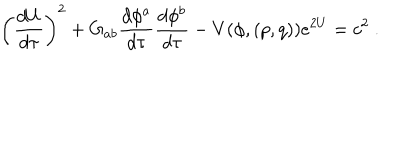
\left( { \frac { d U } { d \tau } } \right) ^ { 2 } + G _ { a b } { \frac { d \phi ^ { a } } { d \tau } } { \frac { d \phi ^ { b } } { d \tau } } - V ( \phi , ( p , q ) ) e ^ { 2 U } = c ^ { 2 } \ .